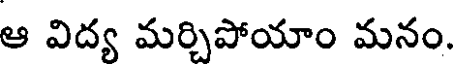
ఆ విద్య మర్చిపోయాం మనం